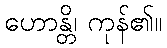
ဟောန္တိ၊ ကုန်၏။